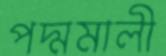
পদ্মমালী